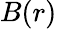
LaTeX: B(r)